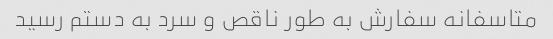
متاسفانه سفارش به طور ناقص و سرد به دستم رسید